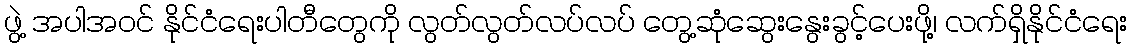
ဖွဲ့ အပါအဝင် နိုင်ငံရေးပါတီတွေကို လွတ်လွတ်လပ်လပ် တွေ့ဆုံဆွေးနွေးခွင့်ပေးဖို့၊ လက်ရှိနိုင်ငံရေး